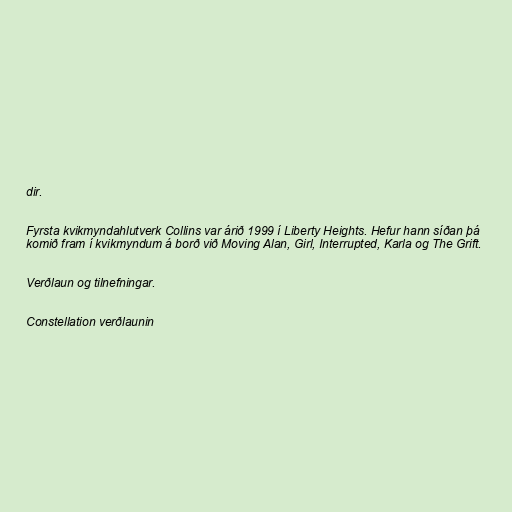
dir.

Fyrsta kvikmyndahlutverk Collins var árið 1999 í Liberty Heights. Hefur hann síðan þá
komið fram í kvikmyndum á borð við Moving Alan, Girl, Interrupted, Karla og The Grift.

Verðlaun og tilnefningar.

Constellation verðlaunin